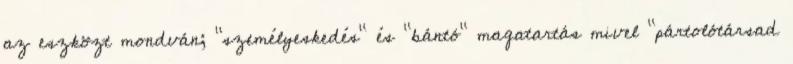
az eszközt mondván; "személyeskedés" és "bántó" magatartás mivel "pártolótársad